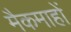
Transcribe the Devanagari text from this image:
मैकमाहों